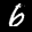
Label: 6